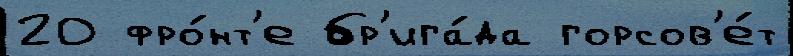
20 фро́нт'е бр'ига́да горсов'е́т